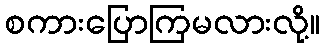
စကားပြောကြမလားလို့။